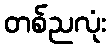
တစ်ညလုံး